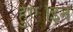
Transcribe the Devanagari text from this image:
हुए।इन